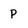
Character: p